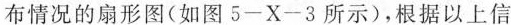
布情况的扇形图(如图5-X-3所示)，根据以上信